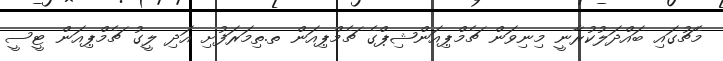
މެޗުގައި ބައްދަލުކުރާނީ މިނިވަން ޗެމްޕިއަންޝިޕްގެ ޗެމްޕިއަން ތ.ތިމަރަފުށި އަދި ލީގު ޗެމްޕިއަން ޓީސީ